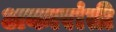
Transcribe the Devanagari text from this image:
अकारांती